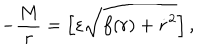
- \frac { M } { r } = \left[ \varepsilon \sqrt { f ( r ) + \dot { r } ^ { 2 } } \right] ,